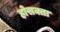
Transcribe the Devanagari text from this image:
होसक्ता